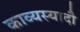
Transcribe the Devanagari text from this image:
काव्यस्यादौ